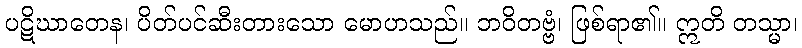
ပဋိဃာတေန၊ ပိတ်ပင်ဆီးတားသော မောဟသည်။ ဘဝိတဗ္ဗံ၊ ဖြစ်ရာ၏။ ဣတိ တသ္မာ၊